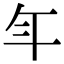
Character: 𭘾